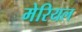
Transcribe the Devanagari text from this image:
मेरियल